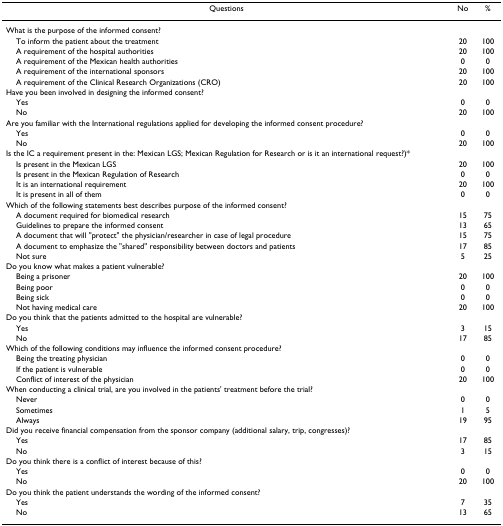
| Questions | No | % |
 | --- | --- | --- |
 | What is the purpose of the informed consent? |  |  |
 | To inform the patient about the treatment | 20 | 100 |
 | A requirement of the hospital authorities | 20 | 100 |
 | A requirement of the Mexican health authorities | 0 | 0 |
 | A requirement of the international sponsors | 20 | 100 |
 | A requirement of the Clinical Research Organizations (CRO) | 20 | 100 |
 | Have you been involved in designing the informed consent? |  |  |
 | Yes | 0 | 0 |
 | No | 20 | 100 |
 | Are you familiar with the International regulations applied for developing the informed consent procedure? |  |  |
 | Yes | 0 | 0 |
 | No | 20 | 100 |
 | Is the IC a requirement present in the: Mexican LGS; Mexican Regulation for Research or is it an international request?)* |  |  |
 | Is present in the Mexican LGS | 20 | 100 |
 | Is present in the Mexican Regulation of Research | 0 | 0 |
 | It is an international requirement | 20 | 100 |
 | It is present in all of them | 0 | 0 |
 | Which of the following statements best describes purpose of the informed consent? |  |  |
 | A document required for biomedical research | 15 | 75 |
 | Guidelines to prepare the informed consent | 13 | 65 |
 | A document that will "protect" the physician/researcher in case of legal procedure | 15 | 75 |
 | A document to emphasize the "shared" responsibility between doctors and patients | 17 | 85 |
 | Not sure | 5 | 25 |
 | Do you know what makes a patient vulnerable? |  |  |
 | Being a prisoner | 20 | 100 |
 | Being poor | 0 | 0 |
 | Being sick | 0 | 0 |
 | Not having medical care | 20 | 100 |
 | Do you think that the patients admitted to the hospital are vulnerable? |  |  |
 | Yes | 3 | 15 |
 | No | 17 | 85 |
 | Which of the following conditions may influence the informed consent procedure? |  |  |
 | Being the treating physician | 0 | 0 |
 | If the patient is vulnerable | 0 | 0 |
 | Conflict of interest of the physician | 20 | 100 |
 | When conducting a clinical trial, are you involved in the patients' treatment before the trial? |  |  |
 | Never | 0 | 0 |
 | Sometimes | 1 | 5 |
 | Always | 19 | 95 |
 | Did you receive financial compensation from the sponsor company (additional salary, trip, congresses)? |  |  |
 | Yes | 17 | 85 |
 | No | 3 | 15 |
 | Do you think there is a conflict of interest because of this? |  |  |
 | Yes | 0 | 0 |
 | No | 20 | 100 |
 | Do you think the patient understands the wording of the informed consent? |  |  |
 | Yes | 7 | 35 |
 | No | 13 | 65 |